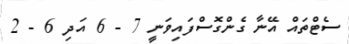
ސެޓްތައް އޭނާ ގެންގޮސްފައިވަނީ 7 - 6 އަދި 6 - 2